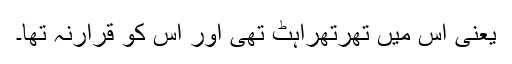
یعنی اس میں تھرتھراہٹ تھی اور اس کو قرارنہ تھا۔